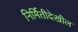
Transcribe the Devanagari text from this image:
निर्मितीदेखील